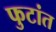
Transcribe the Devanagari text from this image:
फुटांत